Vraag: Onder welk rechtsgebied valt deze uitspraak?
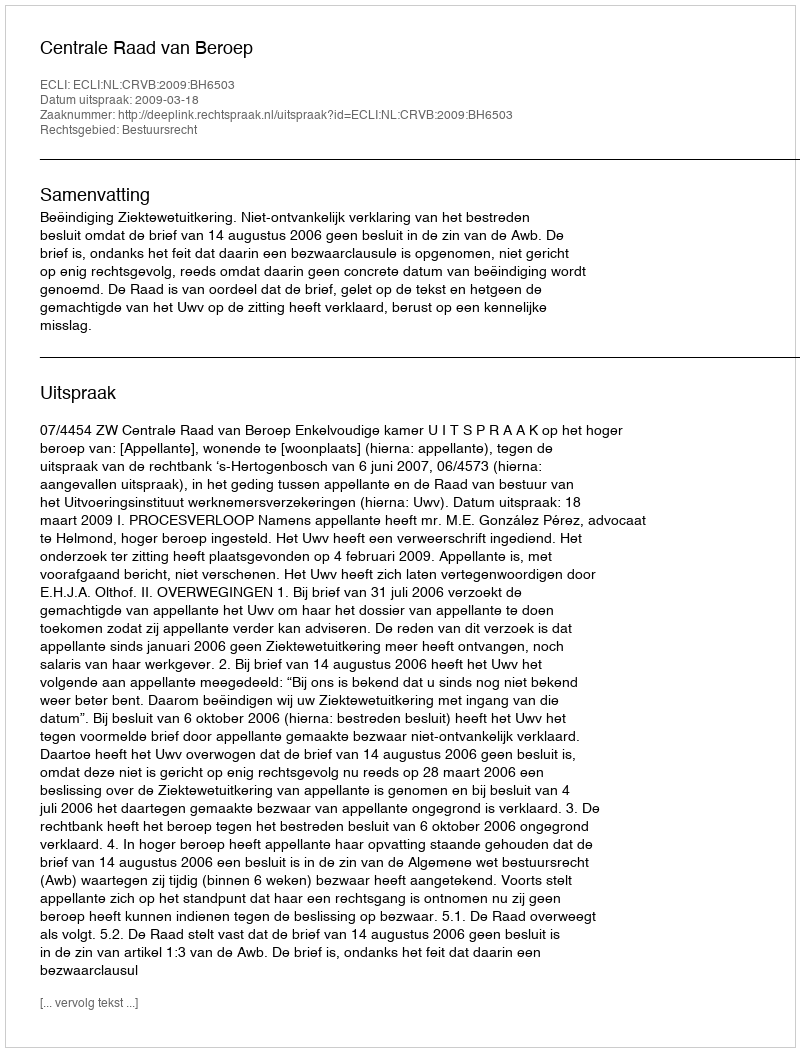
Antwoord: Bestuursrecht